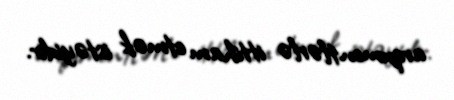
arqumentlərlə ittiham etmək istəyidir.